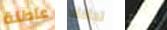
عاطلة تجاهك تبلين